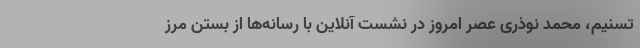
تسنیم، محمد نوذری عصر امروز در نشست آنلاین با رسانه‌ها از بستن مرز